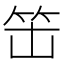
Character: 𱷱